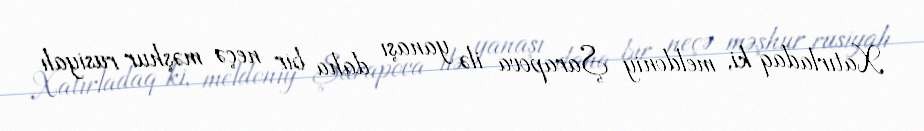
Xatırladaq ki, meldoniy Şarapova ilə yanaşı daha bir neçə məşhur rusiyalı